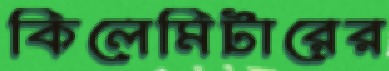
কিলেমিটারের